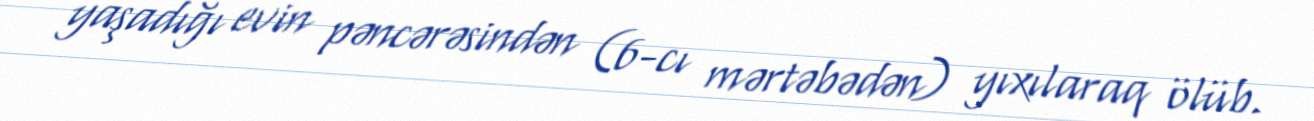
yaşadığı evin pəncərəsindən (6-cı mərtəbədən) yıxılaraq ölüb.